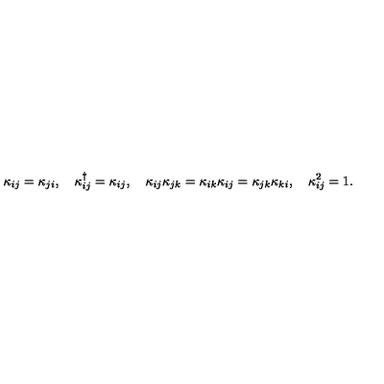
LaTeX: \kappa _ { i j } = \kappa _ { j i } , \quad \kappa _ { i j } ^ { \dagger } = \kappa _ { i j } , \quad \kappa _ { i j } \kappa _ { j k } = \kappa _ { i k } \kappa _ { i j } = \kappa _ { j k } \kappa _ { k i } , \quad \kappa _ { i j } ^ { 2 } = 1 .